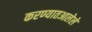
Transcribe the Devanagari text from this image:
करण्यातआलेले